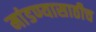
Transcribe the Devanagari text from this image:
मांडण्यासाठीच